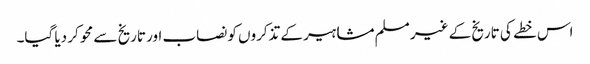
اس خطے کی تاریخ کے غیر مسلم مشاہیر کے تذکروں کو نصاب اور تاریخ سے محو کر دیا گیا۔